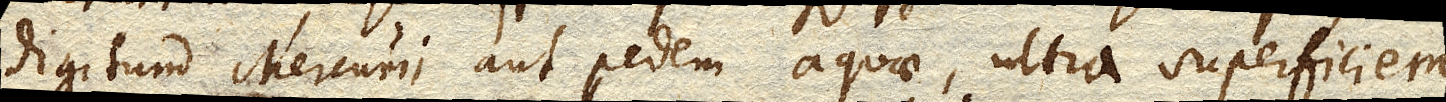
digitum Mercurii aut pedem aquae, ultra superficiem